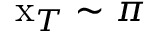
\mathrm { x } _ { T } \sim \pi